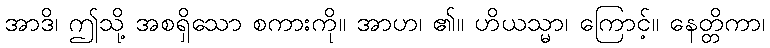
အာဒိ၊ ဤသို့ အစရှိသော စကားကို။ အာဟ၊ ၏။ ဟိယသ္မာ၊ ကြောင့်။ နေတ္တိကာ၊